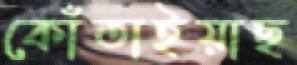
কোঁতাইয়াছ